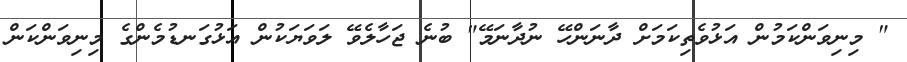
" މިނިވަންކަމުން އަޅުވެތިކަމަށް ދާނަންހޭ ނުދާނަމޭ" ބުނެ ޖަހާލެވޭ ލަވަޔަކުން އަޅުގަނޑުމެންގެ މިނިވަންކަންް